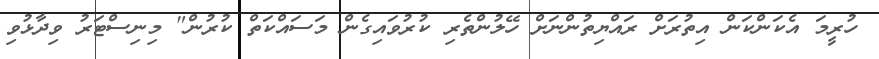
ހުރީމަ އެކަންކަން އިތުރަށް ރައްޔިތުންނަށް ހޭލުންތެރި ކުރުވައިގެން މަސައްކަތް ކުރުން" މިނިސްޓަރު ވިދާޅުވި